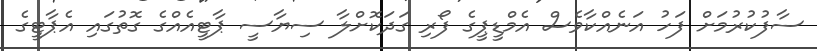
ސާފުކުރުމަށް ފަހު އަނެއްކާވެސް އެމްޑީޕީގެ ފޯރި ގަދަކޮށްލާ ސިޔާސީ ޕާޓީއެއްގެ ގޮތުގައި އެޕާޓީގެ